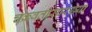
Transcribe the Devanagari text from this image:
चक्रवर्तीसारख्या